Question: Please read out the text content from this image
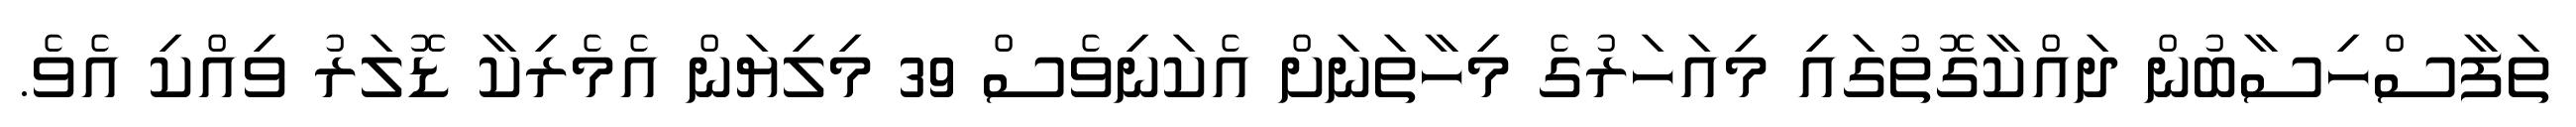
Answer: ތަފާސްހިސާބުން ދައްކާގޮތުގައި މިއަހަރުގެ މިހާތަނަށް އެކަނިވެސް 39 މިލިޔަން އެމެރިކާ ޑޮލަރު ވިއްކި އެވެ.